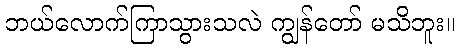
ဘယ်လောက်ကြာသွားသလဲ ကျွန်တော် မသိဘူး။